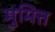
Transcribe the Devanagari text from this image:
मुमित्त